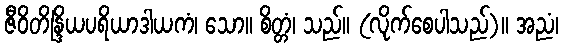
ဇီဝိတိန္ဒြိယပရိယာဒါယကံ၊ သော။ စိတ္တံ၊ သည်။ (လိုက်စေပါသည်)။ အညံ၊